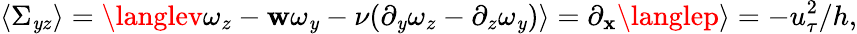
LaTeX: \langle\Sigma_{\mathit{y}z}\rangle=\langlev\omega_{z}-\mathbf{w}\omega_{\mathit{y}}-\nu(\partial_{\mathit{y}}\omega_{z}-\partial_{z}\omega_{\mathit{y}})\rangle=\partial_{\mathbf{x}}\langlep\rangle=-u_{\tau}^{2}/h,